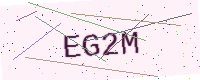
Text: EG2M